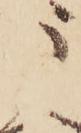
う